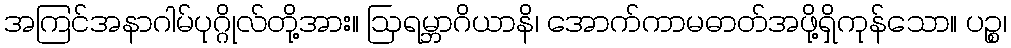
အကြင်အနာဂါမ်ပုဂ္ဂိုလ်တို့အား။ ဩရမ္ဘာဂိယာနိ၊ အောက်ကာမဓာတ်အဖို့ရှိကုန်သော။ ပဉ္စ၊